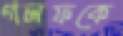
গলফকে